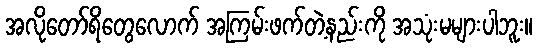
အလိုတော်ရိတွေလောက် အကြမ်းဖက်တဲ့နည်းကို အသုံးမများပါဘူး။